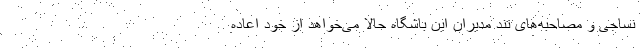
نساجی و مصاحبه‌های تند مدیران این باشگاه حالا می‌خواهد از خود اعاده